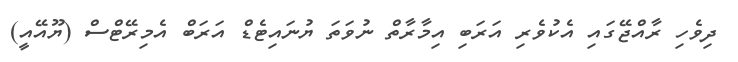
ދިވެހި ރާއްޖޭގައި އެކުވެރި އަރަބި އިމާރާތް ނުވަތަ ޔުނައިޓެޑް އަރަބް އެމިރޭޓްސް (ޔޫއޭއީ)